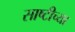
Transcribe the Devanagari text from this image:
साष्टीच्या